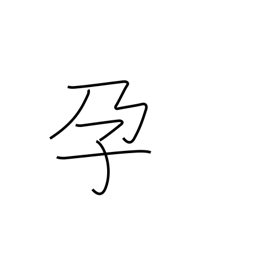
Meaning: become pregnant